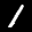
Label: 1